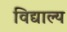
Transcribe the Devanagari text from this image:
विद्याल्य